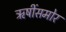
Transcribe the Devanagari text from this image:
ऋषींसमोर